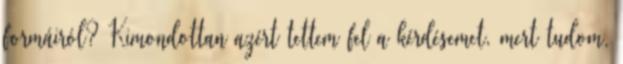
formáiról? Kimondottan azért tettem fel a kérdésemet, mert tudom,